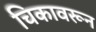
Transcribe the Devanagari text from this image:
चिकावरून